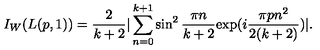
I _ { W } ( L ( p , 1 ) ) = \frac { 2 } { k + 2 } | \sum _ { n = 0 } ^ { k + 1 } \sin ^ { 2 } \frac { \pi n } { k + 2 } \mathrm { e x p } ( i \frac { \pi p n ^ { 2 } } { 2 ( k + 2 ) } ) | .